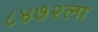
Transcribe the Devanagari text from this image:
८४७२ला